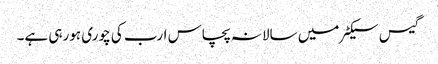
گیس سیکٹر میں سالانہ پچاس ارب کی چوری ہورہی ہے۔